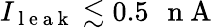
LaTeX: I_{\mathrm{~l~e~a~k~}}\lesssim 0.5\mathrm{~\, ~n~A~}